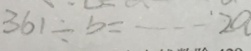
3 6 1 \div b = \cdots ^ { \cdot } 2 a